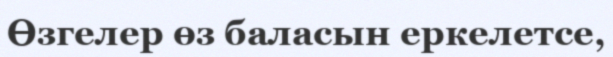
Өзгелер өз баласын еркелетсе,